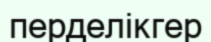
перделікгер